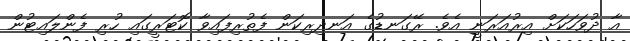
އާ ދުވަހަކަށް އިރުއަރަނީ އެވެ. ރޭގަނޑުގެ އަނދިރިކަން ފެތުރިފައިވާ ކޮޓަރީގައި ހުރި ފެންލައިޓުން